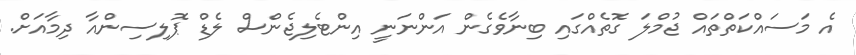
އެ މަސައްކަތްތައް ޖުމްލަ ގޮތެއްގައި ބިނާވެގެން އަންނަނީ އިންޓެލިޖެންސް ލެޑް ޕޮލިސިންއާ ދިމާއަށް.